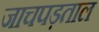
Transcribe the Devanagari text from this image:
जाचपड़ताल